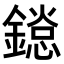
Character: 𨬂